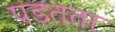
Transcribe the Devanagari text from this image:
पडतता